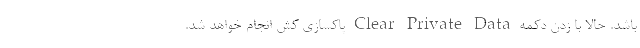
باشد. حالا با زدن دکمه Clear Private Data پاکسازی کش انجام خواهد شد.